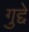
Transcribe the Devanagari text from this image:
गुद्दे